Vaike-Kopu_(Puiatu)_vallavalitsus, lk 46
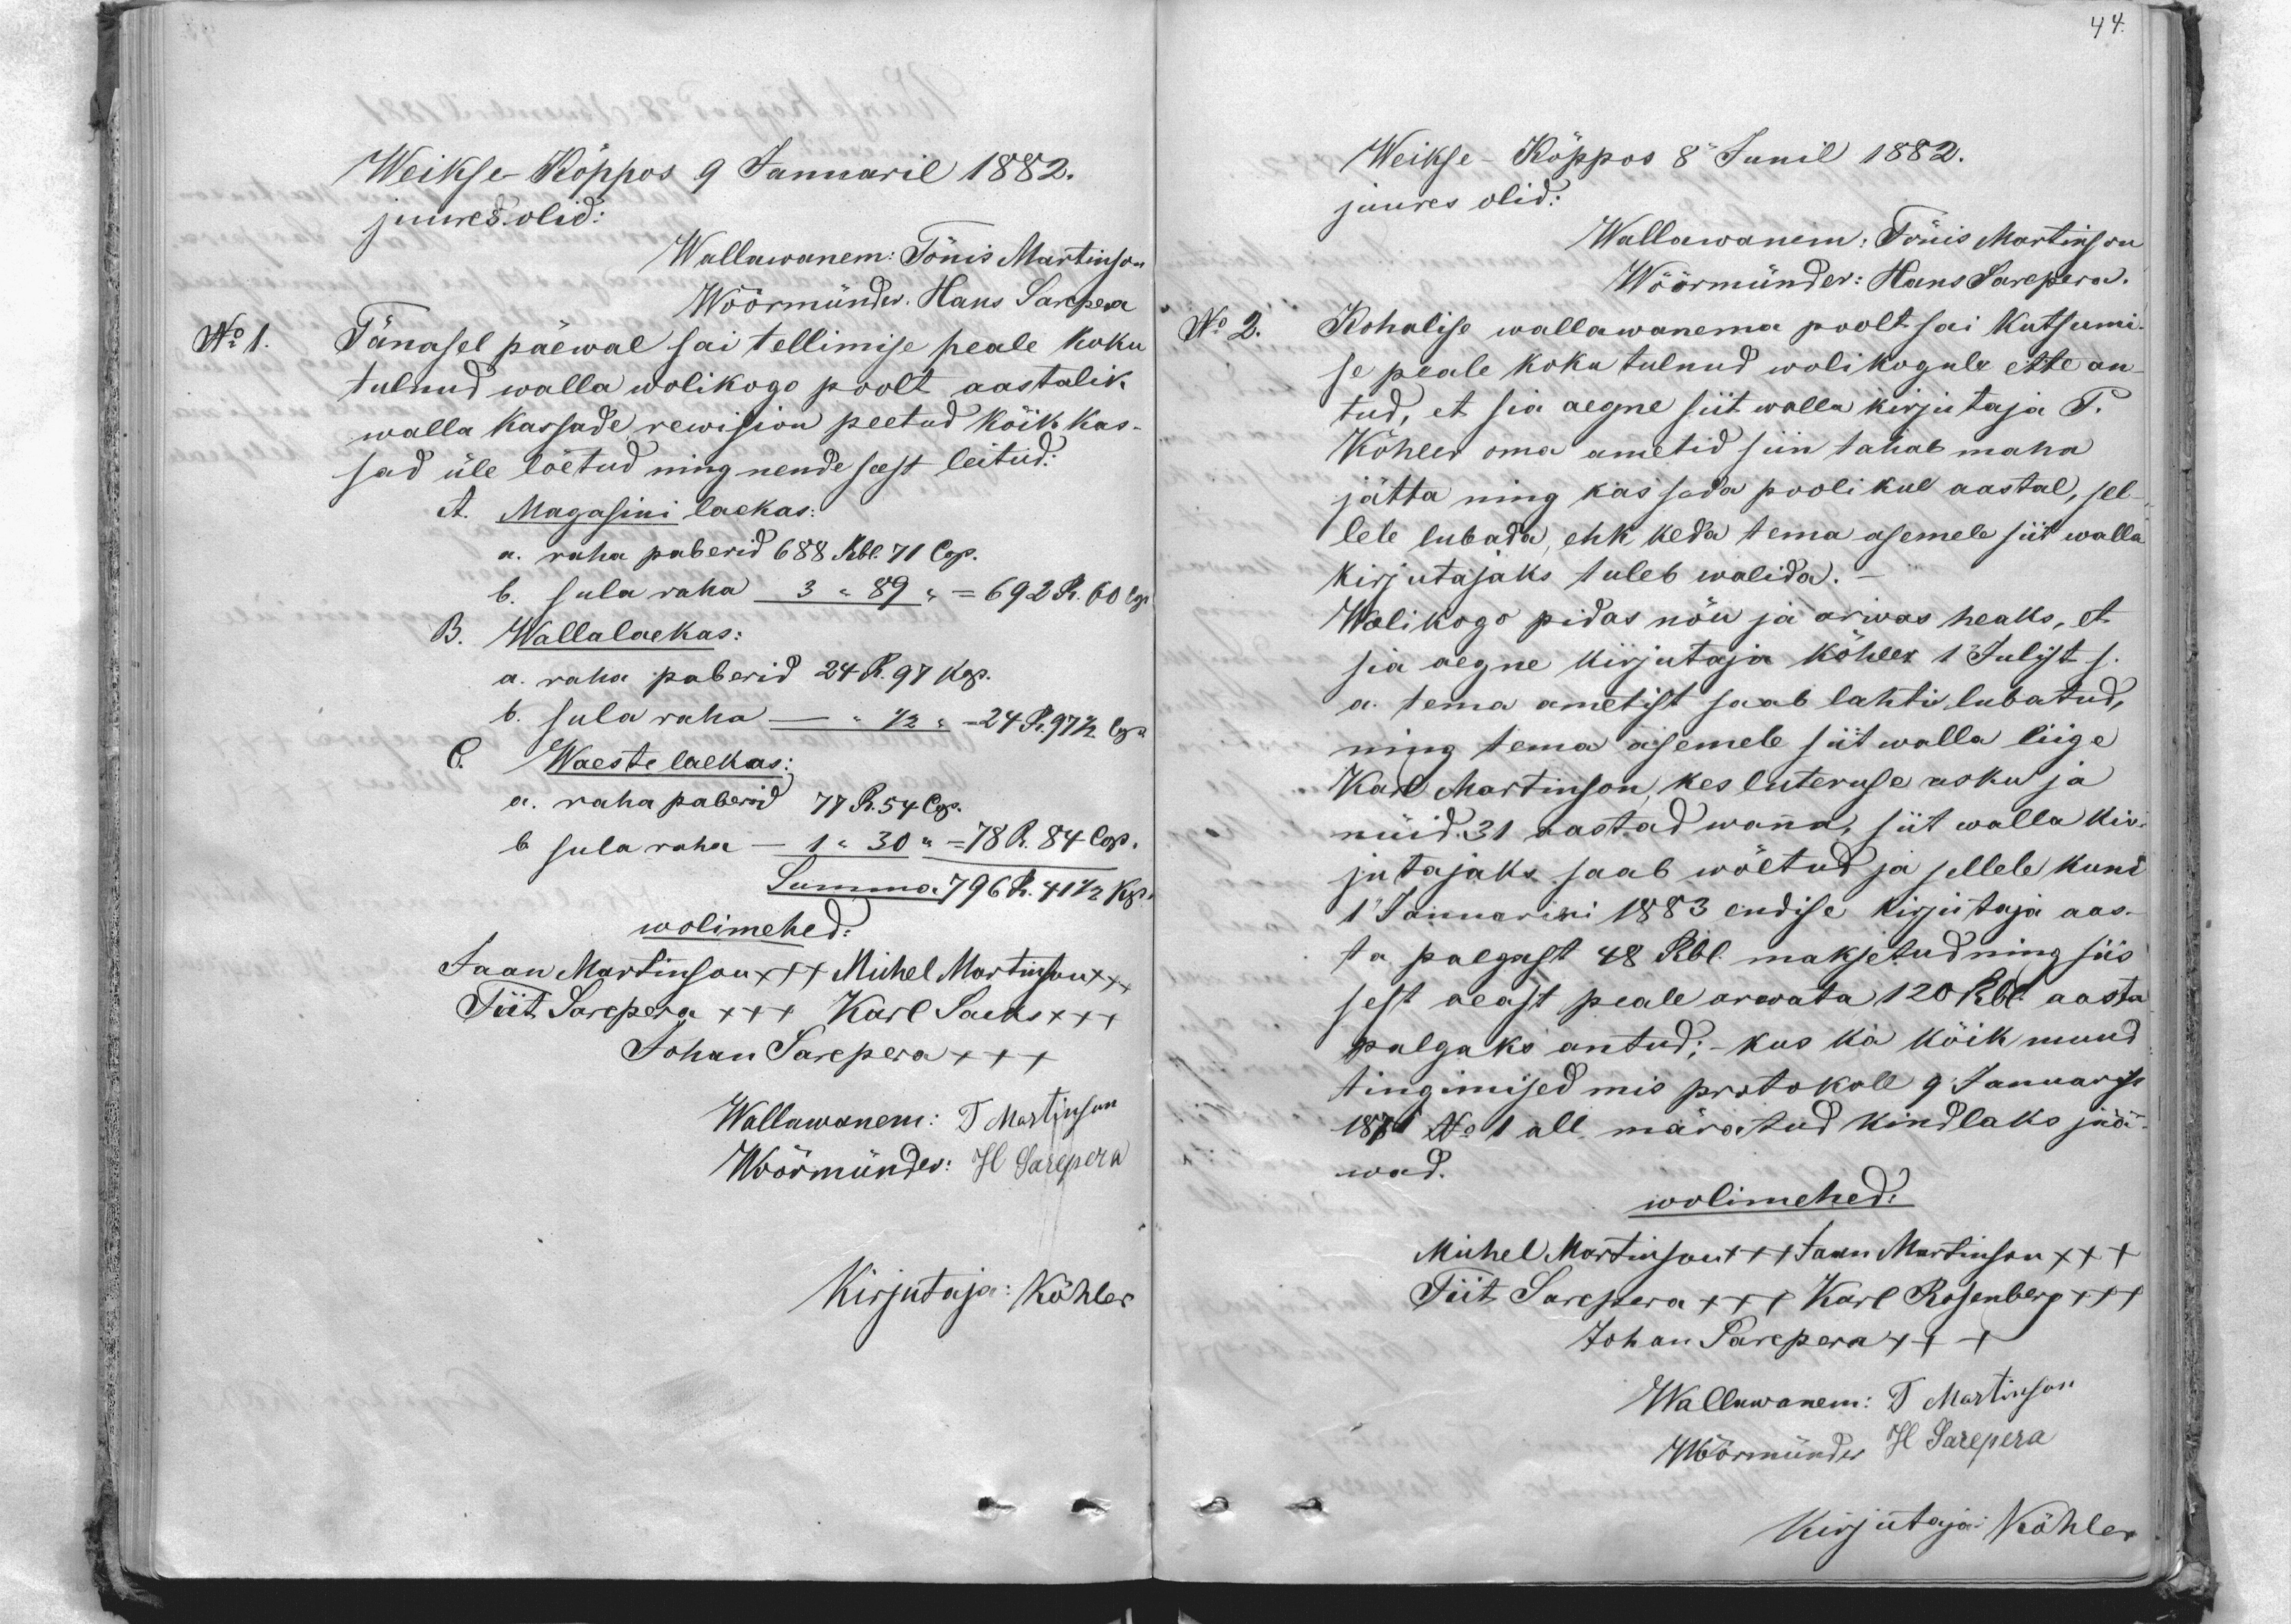
44.

Weikse-Köppos 9 Januaril 1882.
juures olid:
Wallawanem: Tönis Martinson
Wöörmünder. Hans Sarepera
No 1.
Tänasel päewal sai tellimise peale koku
tulnud walla wolikogo poolt aastalik
walla kassade rewision peetud kõik kas-
sad üle löetud ning nende seest leitud:
A. Magasini laekas:
a. raha paberid 688 Rbl. 71 Cop.
b. sula raha 3 "89 " = 692 R. 60 Cop.
B. Wallalaekas:
a. raha paberid 24 R. 97 kop.
b. sula raha -  " 1/2 = 24 R. 97 1/2. Cp.
C. Waeste laekas:
a. raha paberid 77 R. 54 Cop.
b sula raha - 1" 30 = 78 R. 84 Cop.
Summa 796 R. 41 1/2 kp.
wolimehed:
Jaan Martinson +++ Kihel Martinson +
Tiit Sarepera XXX Karl Sacks +++
Johan Sarepera XXX
Wallawanem: T Martinson
Wöörmünder: H. Sarepera
Kirjutaja: Köhler

Weikse Köppos 8 Junil 1882.
juures olid:
Wallawanem: Tönis Martinson
Wöörmünder: Hans Sarepera.
No. 2. Kohalise wallawanema poolt sai kutsumi-
se peale koku tulnud wolikogule ette an
tud, et sia aegne siit walla kirjutaja P.
Kõhler oma ametid siin tahab maha
jätta ning kas seda poolikul aastal, sel-
lele lubada, ehk keda tema asemele siit walla
kirjutajaks tuleb walida.
Wolikogo pidas nöu ja arwas heaks, et
sia aegne kirjutaja Köhler 1 Julist s.
a. tema ametist saab lahti lubatud,
ning tema asemele siit walla liige
Karl Martinson kes luteruse usku ja
nüid 31 aastad wanna, siit walla kir-
jutajaks saab wöetud ja sellele kuni
1" Januarini 1883 endise kirjutaja aas-
ta palgast 48 Rbl. maksetud ning siis
sest aeast peale arwata 120 Rbl. aasta
palgaks antud; kus ka kõik muud
tingimised mis protokoll 9 Januarist
1876 No 1 all märatud kindlaks jää
wad.
wolimehed:
Michel Martinson +++ Jaan Martinson XXX
Tiit Sarepera +++ Karl Rosenberg +++
Johan Sarepera +++
Wallawanem: T Martinson
Wöörmündes H. Sarepera
Kirjutaja Köhler